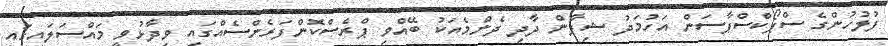
ފުލުހުންގެ ސްޕޯކްސްޕާސަން އަހުމަދު ޝިފާން ދާދި ދެންމެއަކު ބޭއްވި ޕްރެސްކޮންފަރެންސެއްގައި ވިދާޅުވީ މައްސަލައިގައި